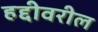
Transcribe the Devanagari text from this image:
हद्दीवरील